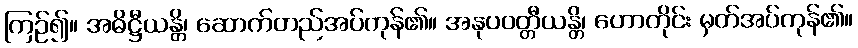
ကြဉ်၍။ အဓိဋ္ဌီယန္တိ၊ ဆောက်တည်အပ်ကုန်၏။ အနုပဝတ္တီယန္တိ၊ ဟောတိုင်း မှတ်အပ်ကုန်၏။